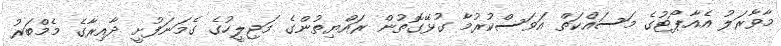
މާވާރަލު އެއާޕޯޓުގެ މަސައްކަތް އަވަސްކުރުމާ ގުޅޭގޮތުން ރައްޔިތުންގެ މަޖިލީހުގެ ގެމަނަފުށީ ދާއިރާގެ މެމްބަރު